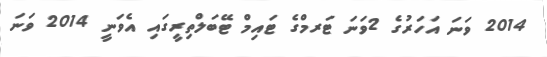
2014 ވަނަ އަހަރުގެ 2ވަނަ ޓަރމްގެ ޓައިމް ޓޭބަލްތިރީގައި އެވަނީ 2014 ވަނަ